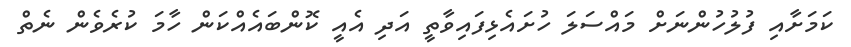
ކަމަށާއި ފުލުހުންނަށް މައްސަލަ ހުށައެޅިފައިވާތީ އަދި އެއީ ކޮންބައެއްކަން ހާމަ ކުރެވެން ނެތް